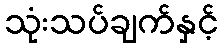
သုံးသပ်ချက်နှင့်